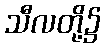
သီလတို့၌